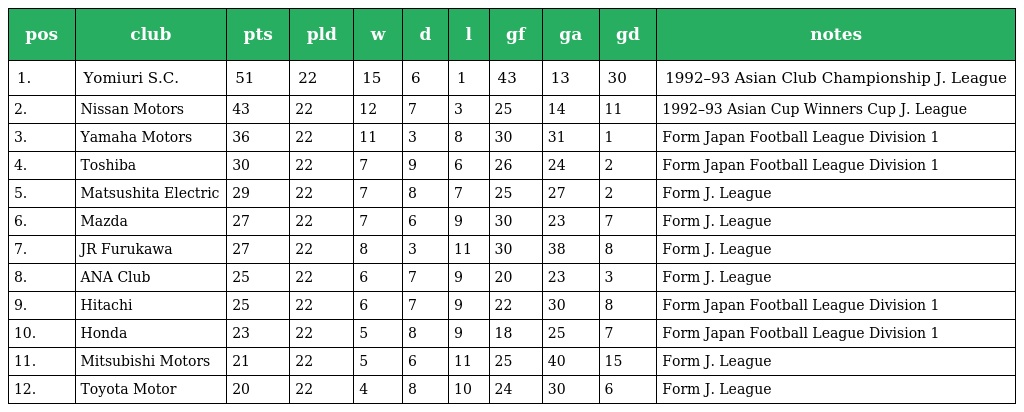
| pos | club | pts | pld | w | d | l | gf | ga | gd | notes |
 | --- | --- | --- | --- | --- | --- | --- | --- | --- | --- | --- |
 | 1. | Yomiuri S.C. | 51 | 22 | 15 | 6 | 1 | 43 | 13 | ＋30 | 1992–93 Asian Club Championship J. League |
 | 2. | Nissan Motors | 43 | 22 | 12 | 7 | 3 | 25 | 14 | ＋11 | 1992–93 Asian Cup Winners Cup J. League |
 | 3. | Yamaha Motors | 36 | 22 | 11 | 3 | 8 | 30 | 31 | －1 | Form Japan Football League Division 1 |
 | 4. | Toshiba | 30 | 22 | 7 | 9 | 6 | 26 | 24 | ＋2 | Form Japan Football League Division 1 |
 | 5. | Matsushita Electric | 29 | 22 | 7 | 8 | 7 | 25 | 27 | －2 | Form J. League |
 | 6. | Mazda | 27 | 22 | 7 | 6 | 9 | 30 | 23 | ＋7 | Form J. League |
 | 7. | JR Furukawa | 27 | 22 | 8 | 3 | 11 | 30 | 38 | －8 | Form J. League |
 | 8. | ANA Club | 25 | 22 | 6 | 7 | 9 | 20 | 23 | －3 | Form J. League |
 | 9. | Hitachi | 25 | 22 | 6 | 7 | 9 | 22 | 30 | －8 | Form Japan Football League Division 1 |
 | 10. | Honda | 23 | 22 | 5 | 8 | 9 | 18 | 25 | －7 | Form Japan Football League Division 1 |
 | 11. | Mitsubishi Motors | 21 | 22 | 5 | 6 | 11 | 25 | 40 | －15 | Form J. League |
 | 12. | Toyota Motor | 20 | 22 | 4 | 8 | 10 | 24 | 30 | －6 | Form J. League |